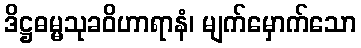
ဒိဋ္ဌဓမ္မသုခဝိဟာရာနံ၊ မျက်မှောက်သော